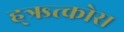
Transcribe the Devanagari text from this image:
ह्ऋत्कोस